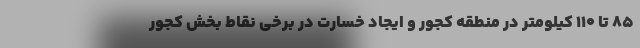
۸۵ تا ۱۱۰ کیلومتر در منطقه کجور و ایجاد خسارت در برخی نقاط بخش کجور